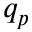
q _ { p }